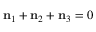
\mathbf n _ { 1 } + \mathbf n _ { 2 } + \mathbf n _ { 3 } = 0